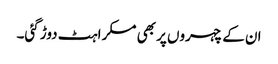
ان کے چہروں پر بھی مسکراہٹ دوڑ گئی۔